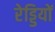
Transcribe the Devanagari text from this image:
रेड्डियों